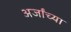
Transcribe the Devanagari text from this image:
अर्जांच्या